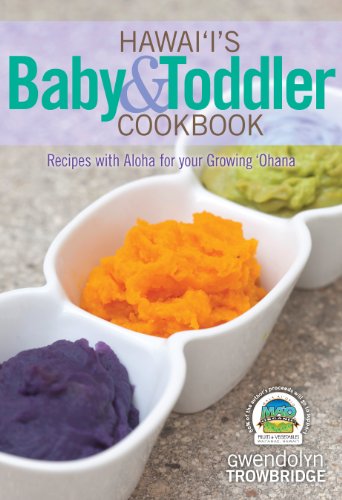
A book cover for Hawaii's Baby & Toddler Cookbook; Gwendolyn Trowbridge; Cookbooks, Food & Wine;